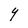
Character: Y